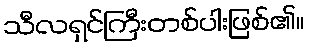
သီလရှင်ကြီးတစ်ပါးဖြစ်၏။